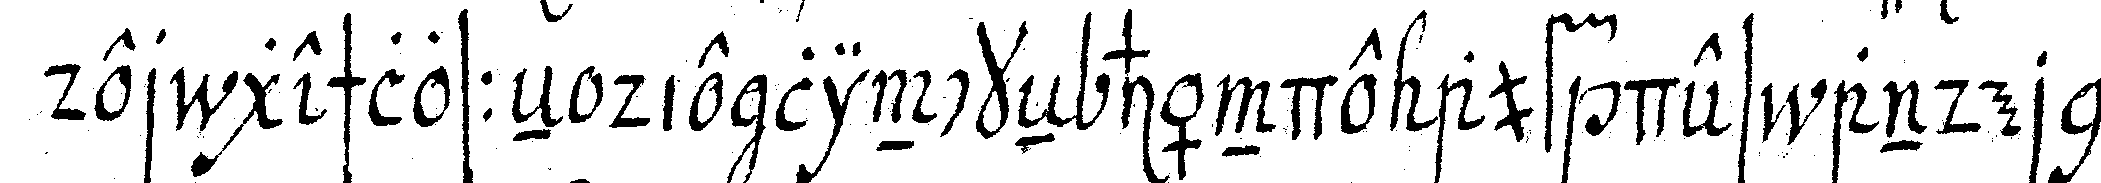
der geschlosseN die linckeN hände auf des andern